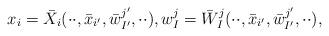
LaTeX: \begin{align*}x_i=\bar X_i(\cdot\cdot,\bar x_{i'},\bar w^{j'}_{I'},\cdot\cdot), w^j_I=\bar W^j_I(\cdot\cdot,\bar x_{i'},\bar w^{j'}_{I'},\cdot\cdot),\end{align*}